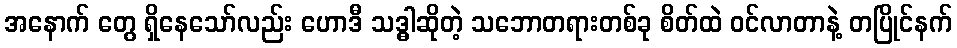
အနောက် တွေ ရှိနေသော်လည်း ဟောဒီ သဒ္ဓါဆိုတဲ့ သဘောတရားတစ်ခု စိတ်ထဲ ဝင်လာတာနဲ့ တပြိုင်နက်